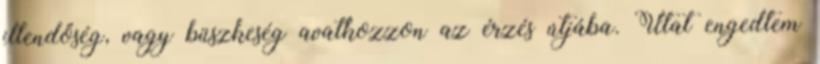
illendőség, vagy büszkeség avatkozzon az érzés útjába. Utat engedtem